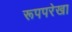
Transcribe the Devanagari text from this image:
रूपपरेखा